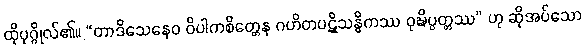
ထိုပုဂ္ဂိုလ်၏။ “တာဒိသေနေဝ ဝိပါကစိတ္တေန ဂဟိတပဋိသန္ဓိကဿ ဝုဍ္ဎိပ္ပတ္တဿ” ဟု ဆိုအပ်သော